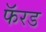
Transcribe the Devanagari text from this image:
फॅरड